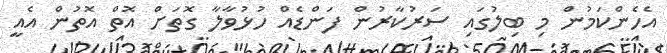
އެހެންކަމުން މި ބިލުގައި ސަރުކާރުން ފަންޑެއް ހުޅުވާލާ ގޮތަށް އޮތް އޮތުން އެއީ